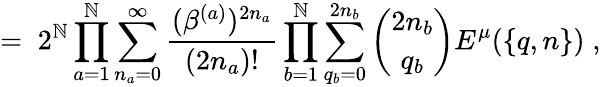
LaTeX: =\; 2^{\mathbb{N}}\prod_{a=1}^{\mathbb{N}}\sum_{n_{a}=0}^{\infty}\frac{{(\beta^{(a)})^{2n_{a}}}}{{(2n_{a})!}}\prod_{b=1}^{\mathbb{N}}\sum_{q_{b}=0}^{2n_{b}}{\binom{2n_{b}}{q_{b}}}E^{\mu}(\{ q,n\} )\; ,